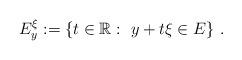
LaTeX: \begin{align*}E_{y}^{\xi}:=\{t\in\mathbb{R}:~y+t\xi\in E\}~. \end{align*}